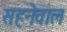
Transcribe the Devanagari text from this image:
सहनेवाल